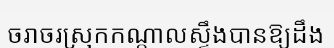
ចរាចរស្រុកកណ្តាលស្ទឹងបានឱ្យដឹង